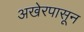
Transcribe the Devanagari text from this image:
अखेरपासून